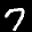
Label: 7